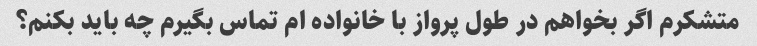
متشکرم اگر بخواهم در طول پرواز با خانواده ام تماس بگیرم چه باید بکنم؟